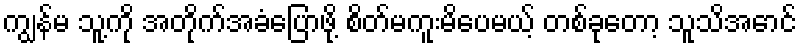
ကျွန်မ သူ့ကို အတိုက်အခံပြောဖို့ စိတ်မကူးမိပေမယ့် တစ်ခုတော့ သူသိအောင်